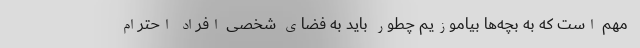
مهم است که به بچه‌ها بیاموزیم چطور باید به فضای شخصی افراد احترام